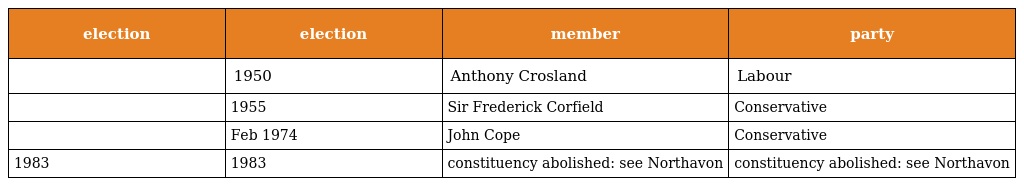
| election | election | member | party |
 | --- | --- | --- | --- |
 |  | 1950 | Anthony Crosland | Labour |
 |  | 1955 | Sir Frederick Corfield | Conservative |
 |  | Feb 1974 | John Cope | Conservative |
 | 1983 | 1983 | constituency abolished: see Northavon | constituency abolished: see Northavon |